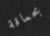
بحماقة